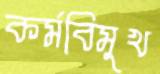
কর্মবিমুখ